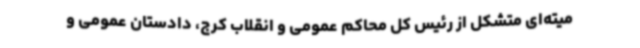
میته‌ای متشکل از رئیس کل محاکم عمومی و انقلاب کرج، دادستان عمومی و